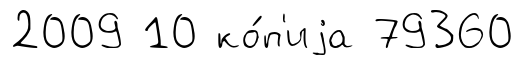
2009 10 ко́п'иjа 79360